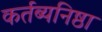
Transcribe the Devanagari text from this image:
कर्तब्यनिष्ठा